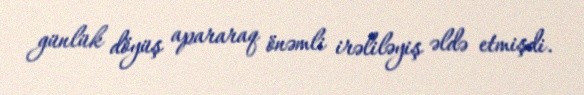
günlük döyüş apararaq önəmli irəliləyiş əldə etmişdi.